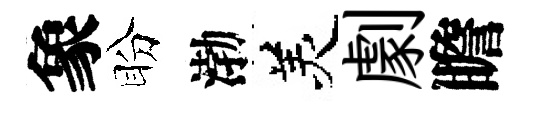
象盼渤羙劇瞻